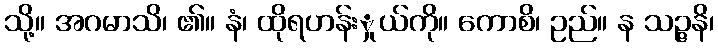
သို့။ အဂမာသိ၊ ၏။ နံ၊ ထိုရဟန်းှုယ်ကို။ ကောစိ၊ ဥည်။ န သဉ္ဇနိ၊